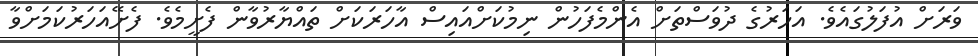
ވަރަށް އުފަލުގައެވެ. އަހަރުގެ ދުވަސްތަށް އެންމެފަހުން ނިމުކަށްއައިސް އާހަރަކަށް ތައްޔާރުވާން ފެށީމެވެ. ފެށޭއަހަރުކަމަށްވާ